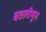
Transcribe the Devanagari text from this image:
बतलीमूस